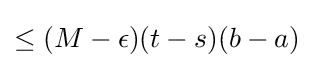
\leq (M-\epsilon )(t-s)(b-a)